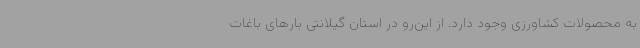
به محصولات کشاورزی وجود دارد. از این‌رو در استان گیلانتی بارهای باغات